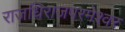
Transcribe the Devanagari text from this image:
राजधिराजपरमेश्वर